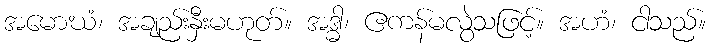
အမောဃံ၊ အချည်းနှီးမဟုတ်။ အဒ္ဓါ၊ ဧကန်မလွဲသဖြင့်။ အဟံ၊ ငါသည်။